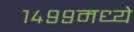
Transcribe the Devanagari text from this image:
१४९९मध्ये